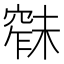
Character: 𱷑